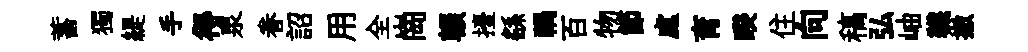
蓄獨緹手得泉眷詔用全崗輾擡繇禍百物節處育睽住向稿弘岫韈撤